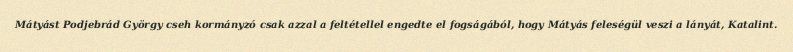
Mátyást Podjebrád György cseh kormányzó csak azzal a feltétellel engedte el fogságából, hogy Mátyás feleségül veszi a lányát, Katalint.